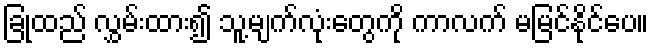
ခြုံထည် လွှမ်းထား၍ သူ့မျက်လုံးတွေကို ကာလက် မမြင်နိုင်ပေ။